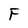
Character: F